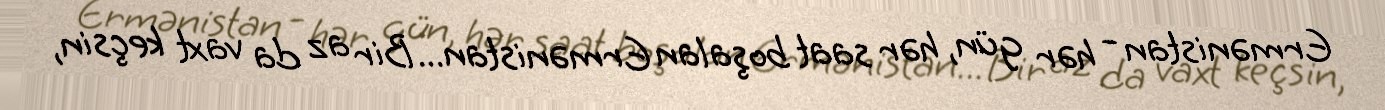
Ermənistan - hər gün, hər saat boşalan Ermənistan... Bir az da vaxt keçsin,